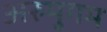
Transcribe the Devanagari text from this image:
अरुमुगम